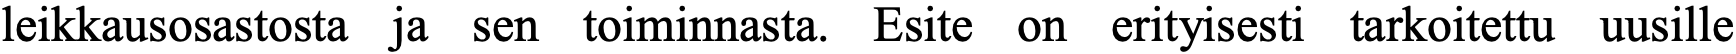
leikkausosastosta ja sen toiminnasta. Esite on erityisesti tarkoitettu uusille